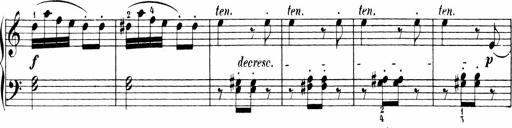
Title: 6 Sonatinas
Composer: Carl Reinecke